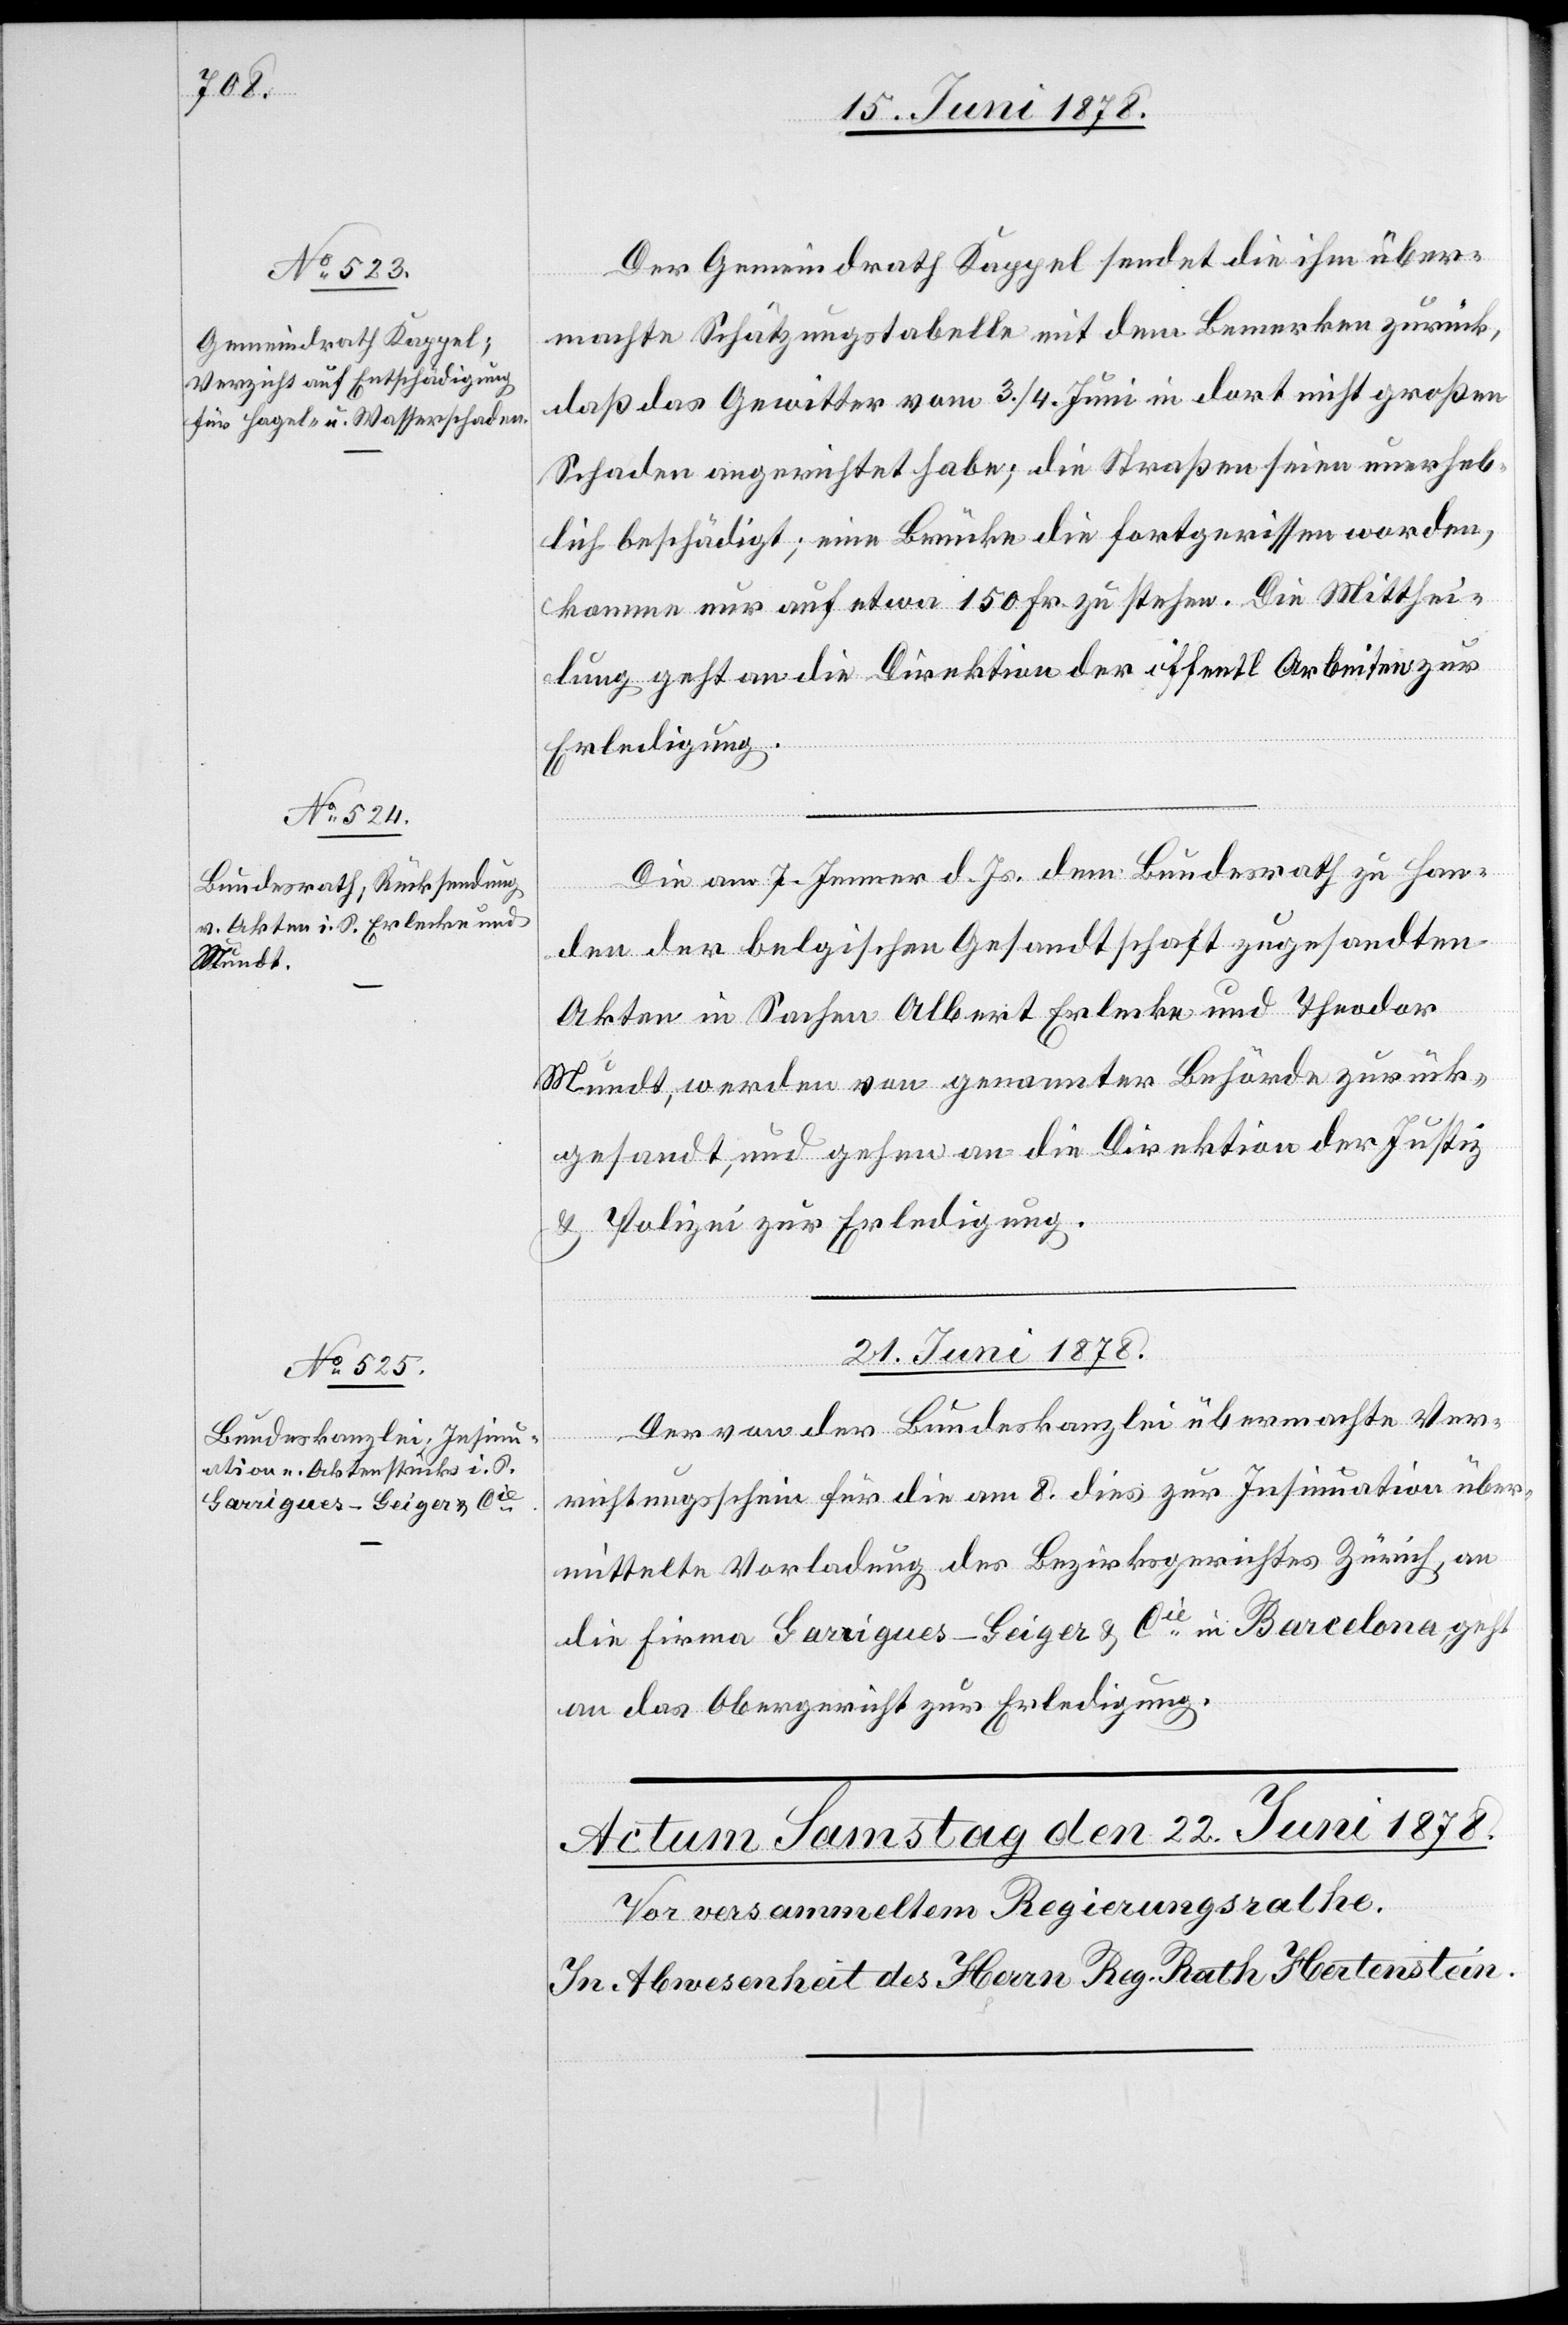
Der Gemeindrath Kappel sendet die ihm über¬
machte Schätzungstabelle mit dem Bemerken zurück,
daß das Gewitter vom 3./4. Juni in dort nicht großen
Schaden angerichtet habe; die Straßen seien unerheb¬
lich beschädigt; eine Brücke die fortgerissen worden,
komme nur auf etwa 150 Fr. zu stehen. Die Mitthei¬
lung geht an die Direktion der öffentl. Arbeiten zur
Erledigung.
Die am 7. Jenner d. Js. dem Bundesrath zu Han¬
den der belgischen Gesandtschaft zugesandten
Akten in Sachen Albert Erlecke und Theodor
Mundt, werden von genannter Behörde zurück¬
gesandt, und gehen an die Direktion der Justiz
& Polizei zur Erledigung.
21. Juni 1878.
Der von der Bundeskanzlei übermachte Ver¬
richtungsschein für die am 8. dies zur Insinuation über¬
mittelte Vorladung des Bezirksgerichtes Zürich, an
die Firma Garrigues-Geiger & Cie in Barcelona, geht
an das Obergericht zur Erledigung.